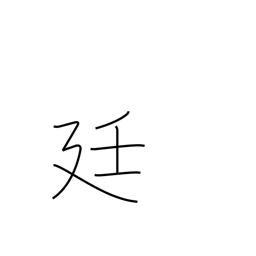
Meaning: imperial court